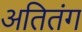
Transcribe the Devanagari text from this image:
अतितंग